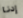
إدنا